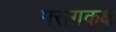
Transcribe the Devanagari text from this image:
परागकक्ष